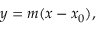
y = m ( x - x _ { 0 } ) ,